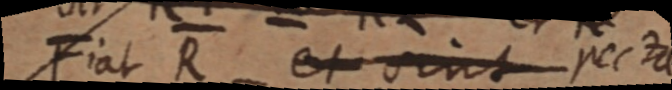
Fiat R et sint recta